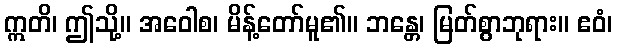
ဣတိ၊ ဤသို့။ အဝေါစ၊ မိန့်တော်မူ၏။ ဘန္တေ၊ မြတ်စွာဘုရား။ ဧဝံ၊